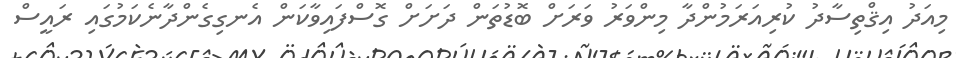
މިއަދު އިޤްތިސާދު ކުރިއަރަމުންދާ މިންވަރު ވަރަށް ބޮޑުތަން ދަށަށް ގޮސްފައިވާކަން އެނގިގެންދާނެކަމުގައި ރައީސް